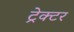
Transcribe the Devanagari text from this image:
ट्रेक्‍टर